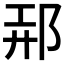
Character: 𲆑